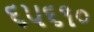
૬૫૬૧૦